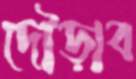
দৌড়াব